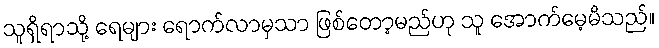
သူရှိရာသို့ ရေများ ရောက်လာမှသာ ဖြစ်တော့မည်ဟု သူ အောက်မေ့မိသည်။